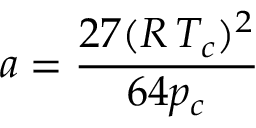
a = { \frac { 2 7 ( R \, T _ { c } ) ^ { 2 } } { 6 4 p _ { c } } }